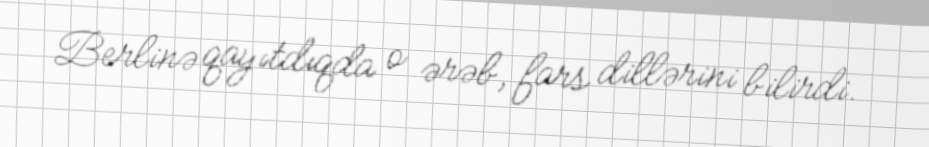
Berlinə qayıtdıqda o ərəb, fars dillərini bilirdi.